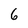
Character: 6